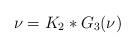
LaTeX: \begin{align*}\nu=K_2\ast G_3(\nu)\end{align*}